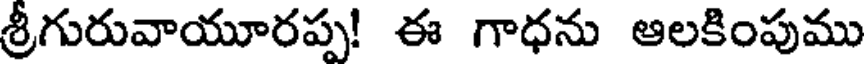
శ్రీగురువాయూరప్ప! ఈ గాధను ఆలకింపుము